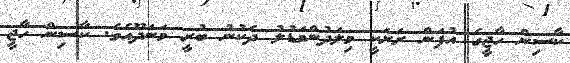
ކާސިން ހާޖީގެ އުފަން ރަށަކީ މިލަދުންމަޑުލު ދެކުނު ބުރީ މަނަދޫއެވެ. ކާސިން ހާޖީ